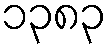
၁၃၈၃